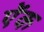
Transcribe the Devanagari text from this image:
ऐंक